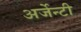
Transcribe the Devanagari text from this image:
अर्जेन्टी